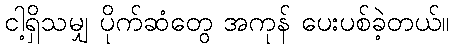
ငါ့ရှိသမျှ ပိုက်ဆံတွေ အကုန် ပေးပစ်ခဲ့တယ်။